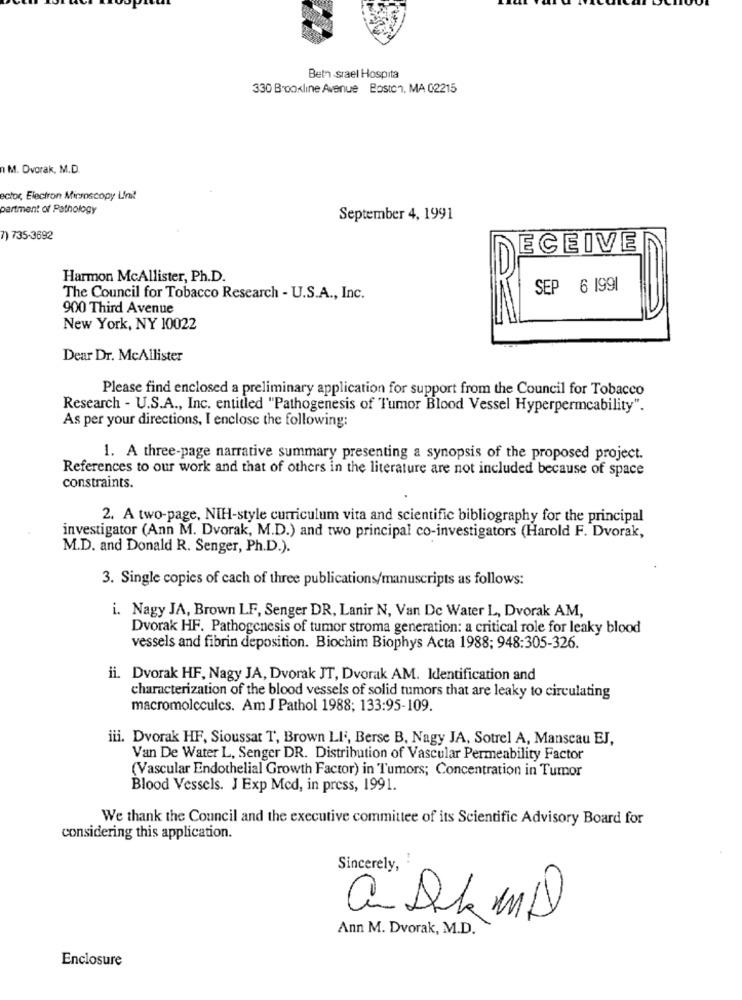
Beth srael Hospita
330 Brookline Avenue Boston, MA 02215
M. Dvorak, M.D.
ector, Electron Microscopy Linit
partment of Pathology
September 4, 1991
7) 735-3692
ECEIVE
Harmon McAllister, Ph.D.
SEP 6 1991
The Council for Tobacco Research - U.S.A ., Inc.
900 Third Avenue
New York, NY 10022
Dear Dr. McAllister
Please find enclosed a preliminary application for support from the Council for Tobacco
Research - U.S.A ., Inc. entitled "Pathogenesis of Tumor Blood Vessel Hyperpermeability".
As per your directions, I enclose the following:
1. A three-page narrative summary presenting a synopsis of the proposed project.
References to our work and that of others in the literature are not included because of space
constraints.
2. A two-page, NIH-style curriculum vita and scientific bibliography for the principal
investigator (Ann M. Dvorak, M.D.) and two principal co-investigators (Harold F. Dvorak,
M.D. and Donald R. Senger, Ph.D.).
3. Single copies of cach of three publications/manuscripts as follows:
i. Nagy JA, Brown LF, Senger DR, Lanir N, Van De Water L, Dvorak AM,
Dvorak HF. Pathogenesis of tumor stroma generation: a critical role for leaky blood
vessels and fibrin deposition. Biochim Biophys Acta 1988; 948:305-326.
ii. Dvorak HF, Nagy JA, Dvorak JT, Dvorak AM. Identification and
characterization of the blood vessels of solid tumors that are leaky to circulating
macromolecules. Am J Pathol 1988; 133:95-109.
iii. Dvorak HF, Sioussar T, Brown LI ;, Berse B, Nagy JA, Sotrel A, Manseau EJ,
Van De Water L, Senger DR. Distribution of Vascular Permeability Factor
(Vascular Endothelial Growth Factor) in Tumors; Concentration in Tumor
Blood Vessels. J Exp Med, in press, 1991.
We thank the Council and the executive committee of its Scientific Advisory Board for
considering this application.
..
Sincerely,
a Dk MID
Ann M. Dvorak, M.D.
Enclosure